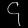
Digit: ၄